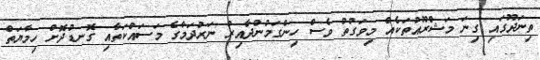
ތިނަދޫގައި ގިނަ މަޝްރޫއުތަކެއް މިވަގުތު ވެސް ހިންގަމުންދާއިރު ނަރުދަމާގެ މަސައްކަތާއި ގޮނޑުދޮށް ހިމާޔަތް